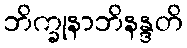
ဘိက္ခုနာဘိနန္ဒတိ